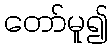
တော်မူ၍